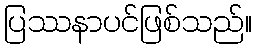
ပြဿနာပင်ဖြစ်သည်။